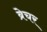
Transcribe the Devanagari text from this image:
ब्रेचर